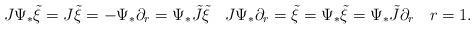
LaTeX: \begin{align*}J\Psi_*\tilde\xi = J\tilde\xi = -\Psi_*\partial_r = \Psi_* \tilde{J}\tilde\xi \;\,\;\, J\Psi_*\partial_r = \tilde\xi = \Psi_*\tilde\xi = \Psi_*\tilde{J}\partial_r\;\,\;\,r=1.\end{align*}